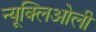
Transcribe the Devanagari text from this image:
न्यूक्लिओली